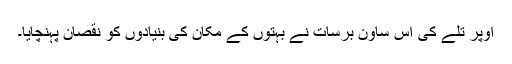
اوپر تلے کی اس ساون برسات نے بہتوں کے مکان کی بنیادوں کو نقصان پہنچایا۔